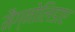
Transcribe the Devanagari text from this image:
मैग्नोलिडाए